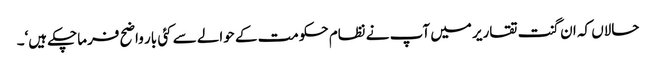
حالاں کہ ان گنت تقاریر میں آپ نے نظام حکومت کے حوالے سے کئی بار واضح فرماچکے ہیں‘۔